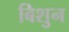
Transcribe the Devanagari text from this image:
बिशुन